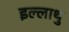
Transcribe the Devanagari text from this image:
इल्लाथु